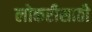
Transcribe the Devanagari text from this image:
लोकरीसाठी